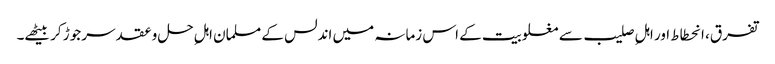
تفرق، انحطاط اور اہلِ صلیب سے مغلوبیت کے اس زمانہ میں اندلس کے مسلمان اہلِ حل وعقد سر جوڑ کر بیٹھے۔